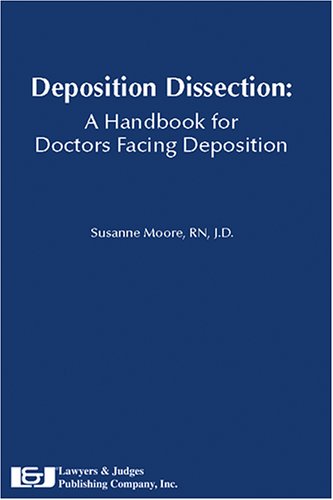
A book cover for Deposition Dissection: A Handbook for Doctors Facing Deposition; Susanne Moore; Law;